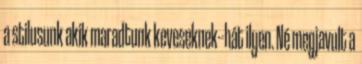
a stilusunk akik maradtunk keveseknek--hát ilyen. Né megjavult a